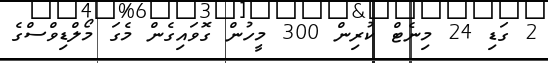
2 ގަޑި 24 މިނެޓް ކުރިން 300 މީހުން ގޮވައިގެން މެގަ މޯލްޑިވްސްގެ